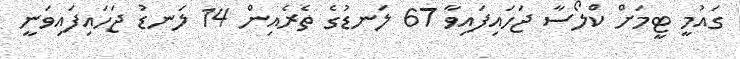
ގައުމީ ޓީމަށް ކްލޯސާ ޖަހައިފައިވާ 67 ލަނޑުގެ ތެރެއިން 14 ލަނޑު ޖަހައިފައިވަނީ